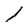
Character: l